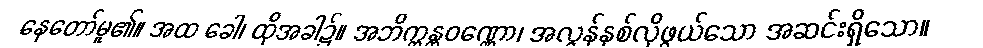
နေတော်မူ၏။ အထ ခေါ၊ ထိုအခါ၌။ အဘိက္ကန္တဝဏ္ဏော၊ အလွန်နှစ်လိုဖွယ်သော အဆင်းရှိသော။